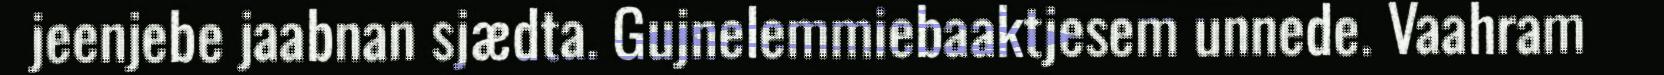
jeenjebe jaabnan sjædta. Gujnelemmiebaaktjesem unnede. Vaahram